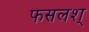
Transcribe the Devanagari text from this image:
फसलश्